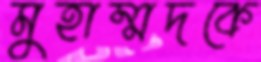
মুহাম্মদকে